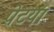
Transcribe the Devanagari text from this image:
पेटया